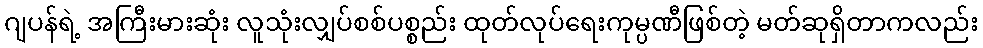
ဂျပန်ရဲ့ အကြီးမားဆုံး လူသုံးလျှပ်စစ်ပစ္စည်း ထုတ်လုပ်ရေးကုမ္ပဏီဖြစ်တဲ့ မတ်ဆုရှိတာကလည်း